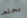
يحلم